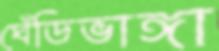
ঘেঁডিভাঙ্গা